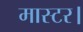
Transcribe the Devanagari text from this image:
मास्‍टर।